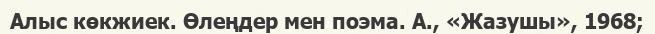
Алыс көкжиек. Өлеңдер мен поэма. А., «Жазушы», 1968;